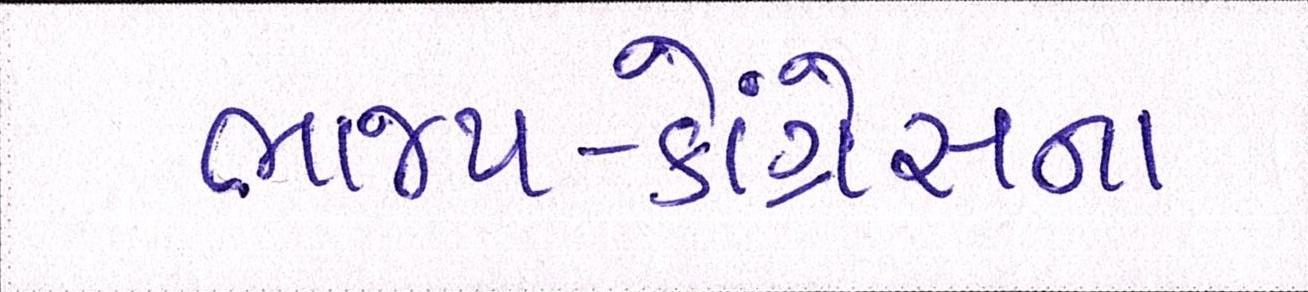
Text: ભાજપ-કોંગ્રેસના